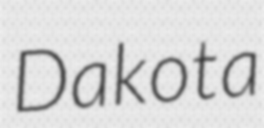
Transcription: Dakota